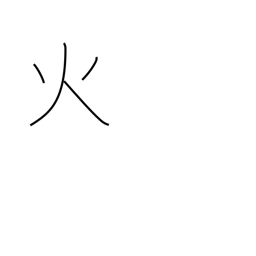
Meaning: fire